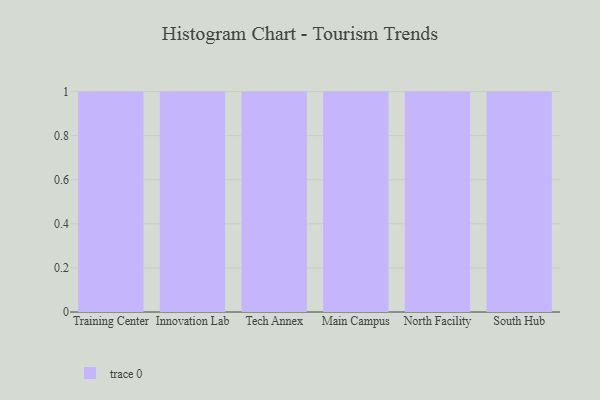
{"axis": {"x": "Campus", "y": "Revenue (USD Million)"}, "legend": [""], "data": [{"x": "Training Center", "y": 60, "type": ""}, {"x": "Innovation Lab", "y": 77, "type": ""}, {"x": "Tech Annex", "y": 38, "type": ""}, {"x": "Main Campus", "y": 95, "type": ""}, {"x": "North Facility", "y": 83, "type": ""}, {"x": "South Hub", "y": 49, "type": ""}]}